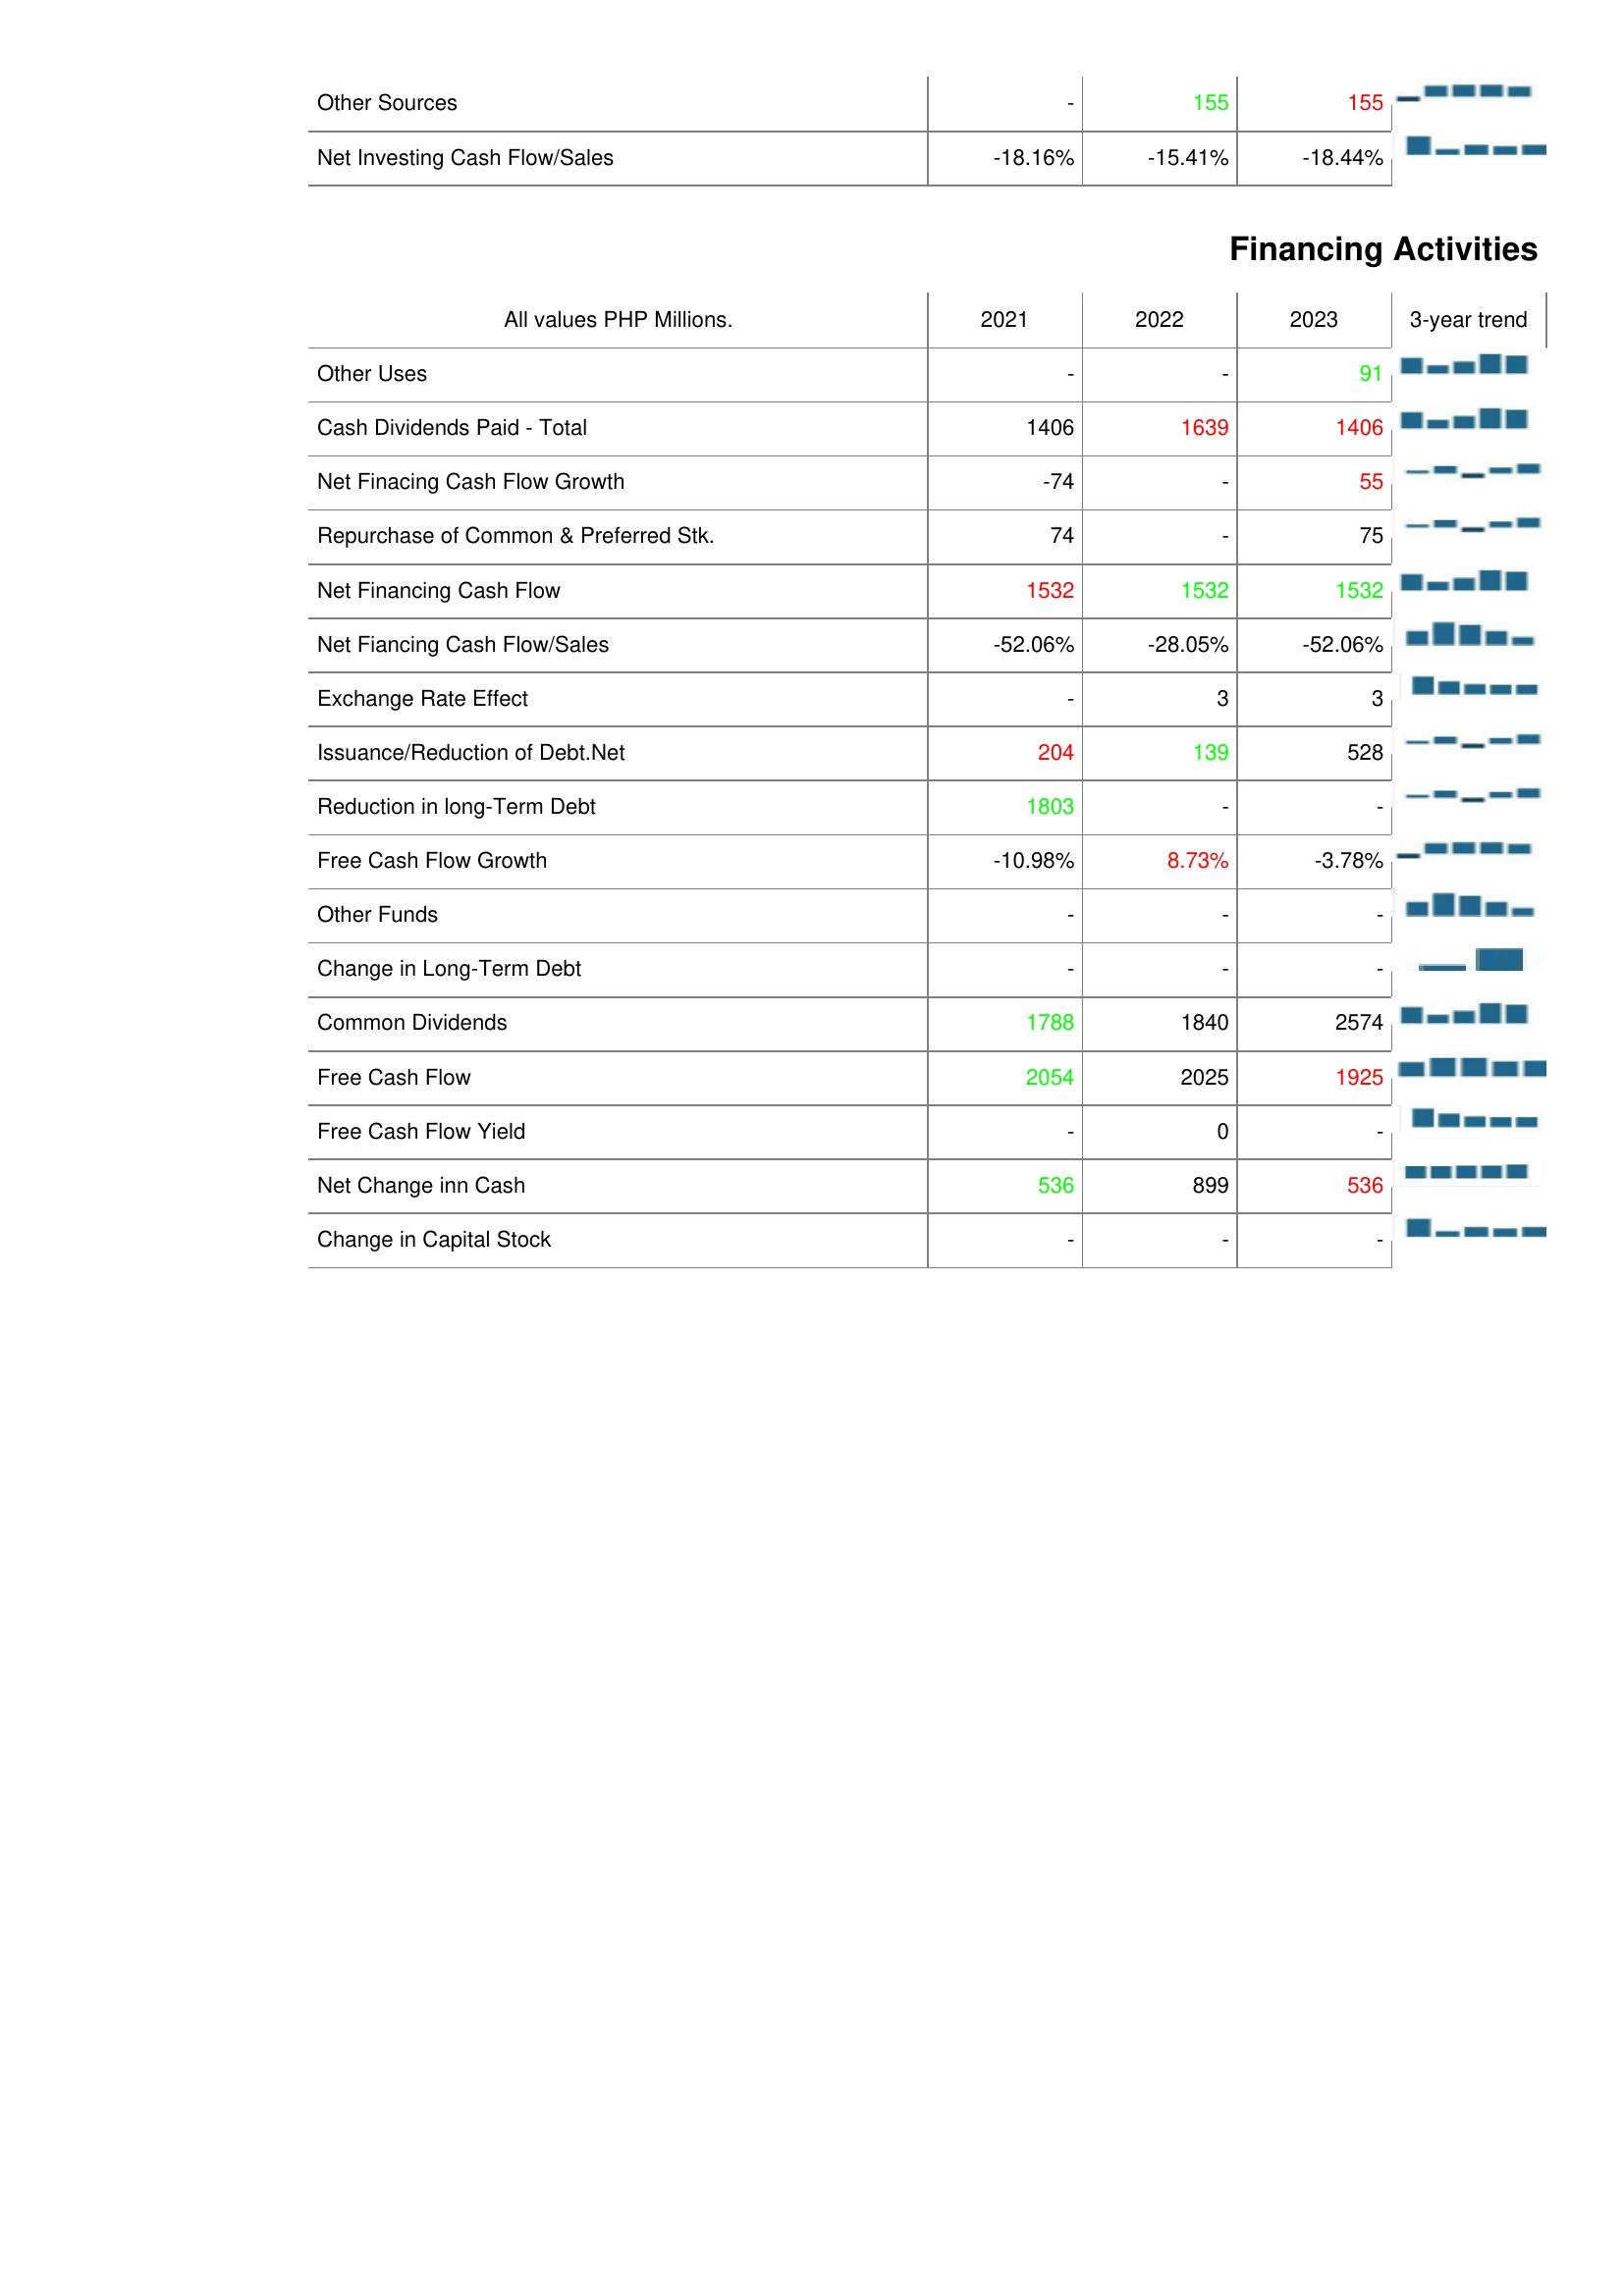
2021: Investing Activities: Other Sources: -
Net Investing Cash Flow/Sales: -18.16%
Financing Activities: Other Uses: -
Cash Dividends Paid - Total: 1406
Net Finacing Cash Flow Growth: -74
Repurchase of Common & Preferred Stk.: 74
Net Financing Cash Flow: 1532
Net Fiancing Cash Flow/Sales: -52.06%
Exchange Rate Effect: -
Issuance/Reduction of Debt.Net: 204
Reduction in long-Term Debt: 1803
Free Cash Flow Growth: -10.98%
Other Funds: -
Change in Long-Term Debt: -
Common Dividends: 1788
Free Cash Flow: 2054
Free Cash Flow Yield: -
Net Change inn Cash: 536
Change in Capital Stock: -
2022: Investing Activities: Other Sources: 155
Net Investing Cash Flow/Sales: -15.41%
Financing Activities: Other Uses: -
Cash Dividends Paid - Total: 1639
Net Finacing Cash Flow Growth: -
Repurchase of Common & Preferred Stk.: -
Net Financing Cash Flow: 1532
Net Fiancing Cash Flow/Sales: -28.05%
Exchange Rate Effect: 3
Issuance/Reduction of Debt.Net: 139
Reduction in long-Term Debt: -
Free Cash Flow Growth: 8.73%
Other Funds: -
Change in Long-Term Debt: -
Common Dividends: 1840
Free Cash Flow: 2025
Free Cash Flow Yield: 0
Net Change inn Cash: 899
Change in Capital Stock: -
2023: Investing Activities: Other Sources: 155
Net Investing Cash Flow/Sales: -18.44%
Financing Activities: Other Uses: 91
Cash Dividends Paid - Total: 1406
Net Finacing Cash Flow Growth: 55
Repurchase of Common & Preferred Stk.: 75
Net Financing Cash Flow: 1532
Net Fiancing Cash Flow/Sales: -52.06%
Exchange Rate Effect: 3
Issuance/Reduction of Debt.Net: 528
Reduction in long-Term Debt: -
Free Cash Flow Growth: -3.78%
Other Funds: -
Change in Long-Term Debt: -
Common Dividends: 2574
Free Cash Flow: 1925
Free Cash Flow Yield: -
Net Change inn Cash: 536
Change in Capital Stock: -